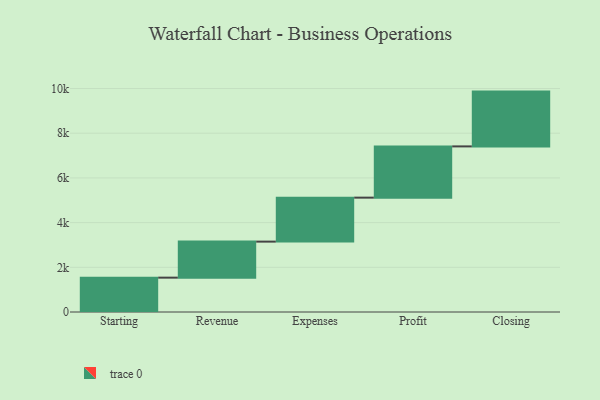
{"axis": {"x": "Step", "y": "Value"}, "legend": [""], "data": [{"x": "Starting", "y": 1537.0, "type": ""}, {"x": "Revenue", "y": 1612.0, "type": ""}, {"x": "Expenses", "y": 1968.0, "type": ""}, {"x": "Profit", "y": 2293.0, "type": ""}, {"x": "Closing", "y": 2452.0, "type": ""}]}